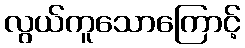
လွယ်ကူသောကြောင့်